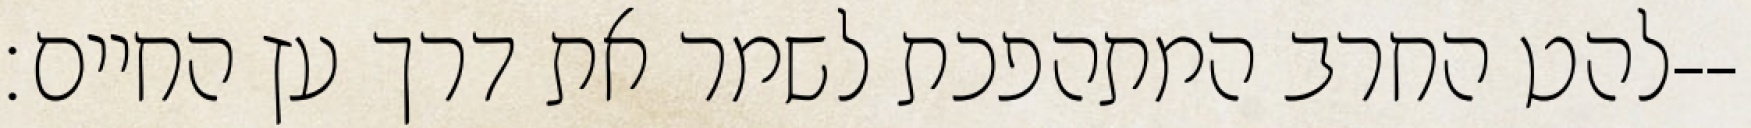
להט החרב המתהפכת לשמר את דרך עץ החיים׃--